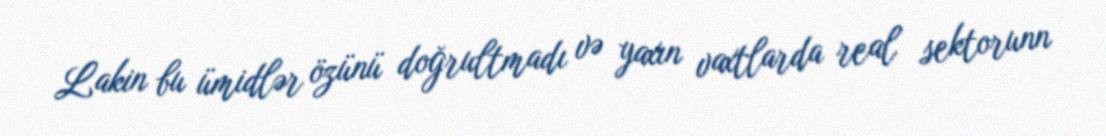
Lakin bu ümidlər özünü doğrultmadı və yaxın vaxtlarda real sektorunn